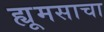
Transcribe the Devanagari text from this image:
ह्यूमसाचा